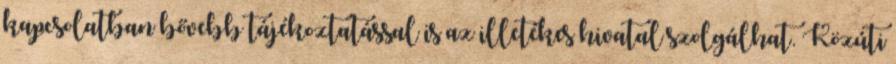
kapcsolatban bővebb tájékoztatással is az illetékes hivatal szolgálhat. Közúti